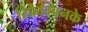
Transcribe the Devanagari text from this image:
रिफैम्पिनके